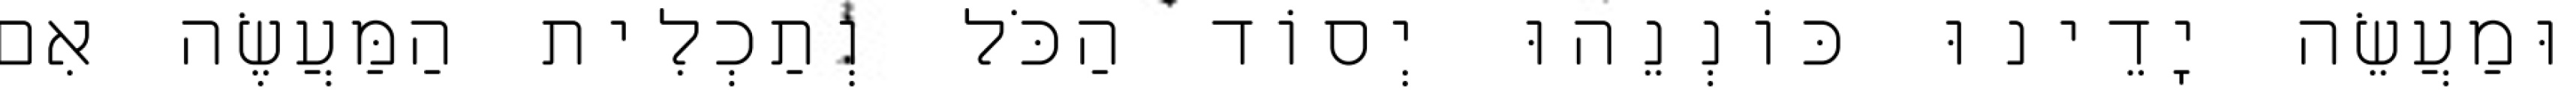
וּמַעֲשֵׂה יָדֵינוּ כּוֹנְנֵהוּ יְסוֹד הַכֹּל וְתַכְלִית הַמַּעֲשֶׂה אִם